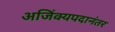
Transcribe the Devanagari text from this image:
अजिंक्यपदानंतर